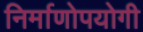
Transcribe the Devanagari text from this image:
निर्माणोपयोगी